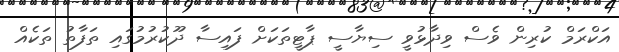
އަކްރަމް ކުރިން ވެސް ވިދާޅުވީ ސިޔާސީ ޕާޓީތަކަށް ފައިސާ ދޫކުރުމުގައި ތަފާތު ތަކެއް